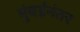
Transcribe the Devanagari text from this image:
मुंबईनंतर